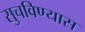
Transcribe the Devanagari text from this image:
सुचविण्यास